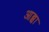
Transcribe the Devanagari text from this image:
आब्बा